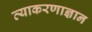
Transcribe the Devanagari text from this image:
व्याकरणाज्ञान